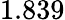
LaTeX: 1.839